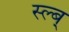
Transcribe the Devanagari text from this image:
स्ल्ब्